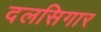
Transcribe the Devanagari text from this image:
दलसिगार